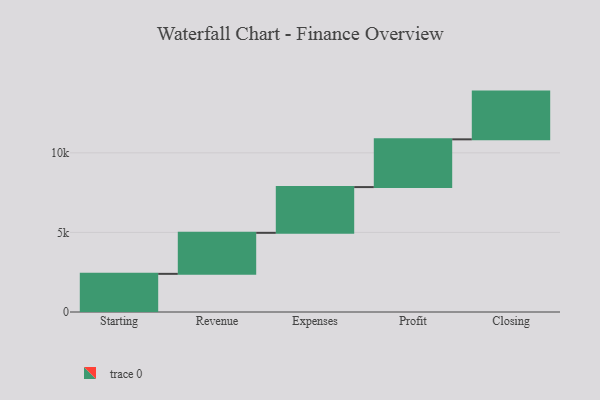
{"axis": {"x": "Step", "y": "Value"}, "legend": [""], "data": [{"x": "Starting", "y": 2397.0, "type": ""}, {"x": "Revenue", "y": 2578.0, "type": ""}, {"x": "Expenses", "y": 2874.0, "type": ""}, {"x": "Profit", "y": 3000, "type": ""}, {"x": "Closing", "y": 3000, "type": ""}]}